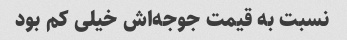
نسبت به قیمت جوجه‌اش خیلی کم بود